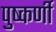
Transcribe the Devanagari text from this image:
पुष्कर्णी